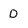
Character: D